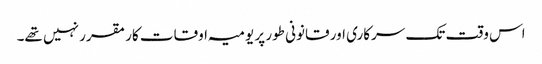
اس وقت تک سرکاری اور قانونی طور پر یومیہ اوقات کار مقرر نہیں تھے۔